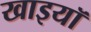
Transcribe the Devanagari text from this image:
खाइयॉ